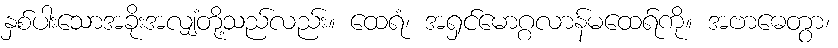
နှစ်ပါးသောအခိုးအလျှံတို့သည်လည်း။ ထေရံ၊ အရှင်မောဂ္ဂလာန်မထေရ်ကို။ အဗာဓေတွာ၊